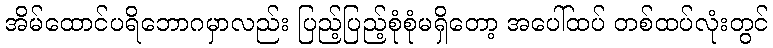
အိမ်ထောင်ပရိဘောဂမှာလည်း ပြည့်ပြည့်စုံစုံမရှိတော့ အပေါ်ထပ် တစ်ထပ်လုံးတွင်